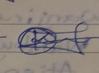
Signature authenticity: genuine